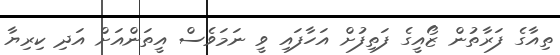
ތިއާގެ ފަރާތުން ޒޯއީގެ ފަތިފުށް އަހާފައި ވީ ނަމަވެސް އީތަންއަށް އަދި ކިރިޔާ